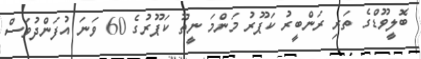
ބޮލީވޫޑްގެ ތަރި ރަންބީރު ކަޕޫރު މަންމަ ނީތޫ ކަޕޫރުގެ 60 ވަނަ އުފަންދުވަސް